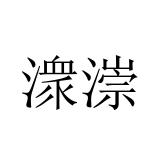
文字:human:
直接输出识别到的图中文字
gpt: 潨漴